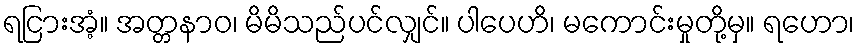
ရငြားအံ့။ အတ္တနာဝ၊ မိမိသည်ပင်လျှင်။ ပါပေဟိ၊ မကောင်းမှုတို့မှ။ ရဟော၊